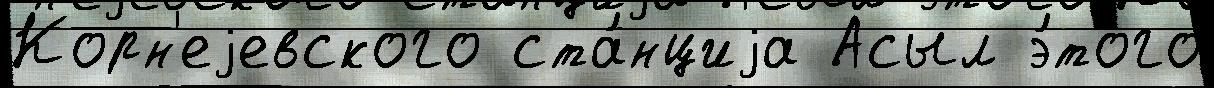
Корн'еjевского ста́нциjа Асыл э́того